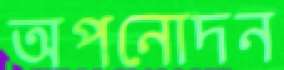
অপনোদন